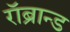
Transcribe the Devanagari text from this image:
रॉब्रान्ड